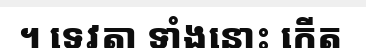
។ ទេវតា ទាំងនោះ កើត